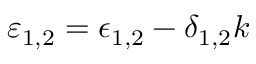
\varepsilon _ { 1 , 2 } = \epsilon _ { 1 , 2 } - \delta _ { 1 , 2 } k